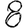
Digit: 8